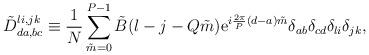
LaTeX: \begin{align*}\tilde{D}_{da, bc}^{li,jk}\equiv {1\over N}\sum_{\tilde{m}=0}^{P-1}\tilde{B}(l-j-Q\tilde{m}){\rm e}^{i{2\pi\over P}(d-a)\tilde{m}}\delta_{ab}\delta_{cd}\delta_{li}\delta_{jk} ,\end{align*}